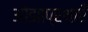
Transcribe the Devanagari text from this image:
ओझाप्रथाएँ